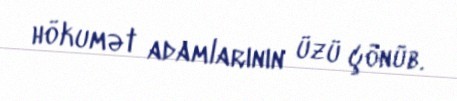
hökumət adamlarının üzü çönüb.